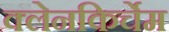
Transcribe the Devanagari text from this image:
क्लेनकिर्चेम